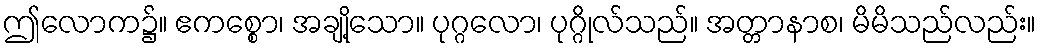
ဤလောက၌။ ဧကစ္စော၊ အချို့သော။ ပုဂ္ဂလော၊ ပုဂ္ဂိုလ်သည်။ အတ္တာနာစ၊ မိမိသည်လည်း။